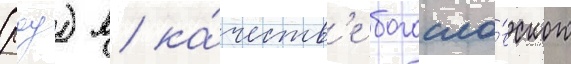
(роу) в ка́честв'е богосло́вского